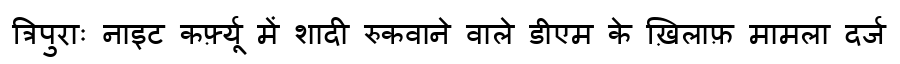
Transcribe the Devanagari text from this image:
त्रिपुराः नाइट कर्फ़्यू में शादी रुकवाने वाले डीएम के ख़िलाफ़ मामला दर्ज